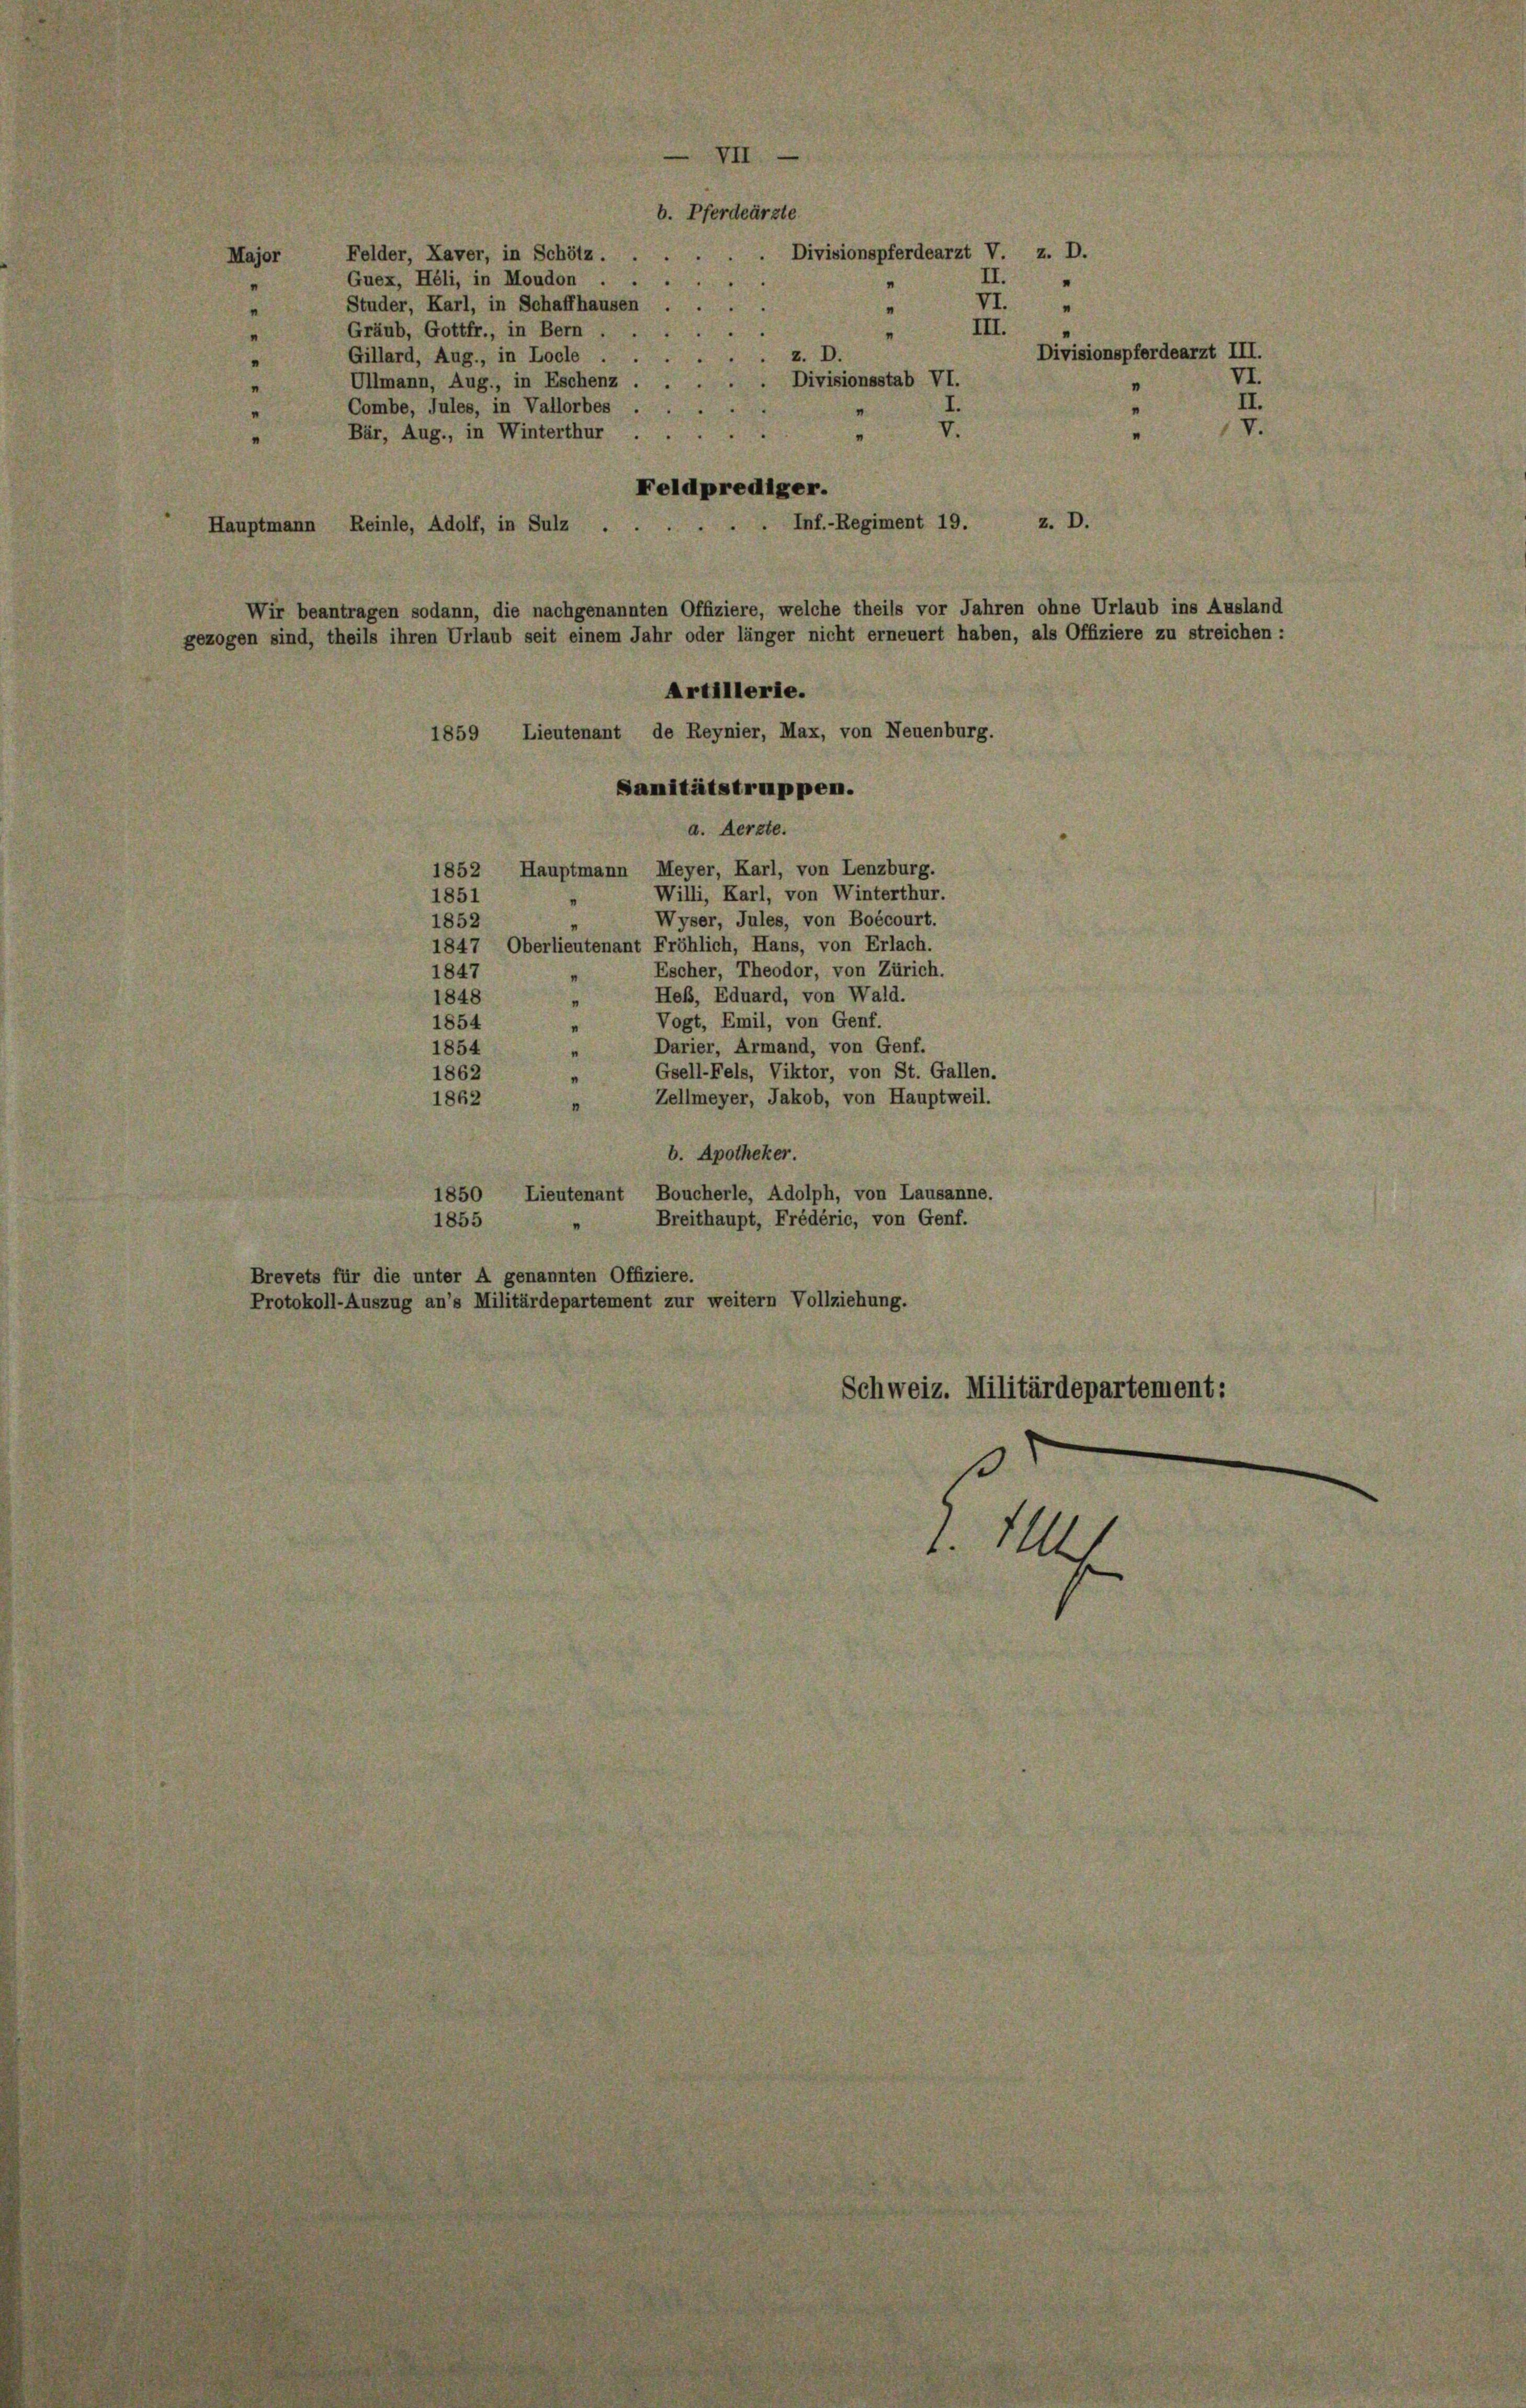
Felder, Laver, in Schötz.
Major
Guex, Héli, in Moudon
Studer, Karl, in Schaffhausen
Gräub, Gottfr., in Bern .
Gillard, Aug., in Locle.
Ullmann, Aug., in Eschenz
Combe, Jules, in Vallorbes
Bär, Aug., in Winterthur .
Feldprediger.
z. D.
Inf.-Regiment 19.
Hauptmann Reinle, Adolf, in Sulz
Wir beantragen sodann, die nachgenannten Offiziere, welche theils vor Jahren ohne Urlaub ins Ausland
gezogen sind, theils ihren Urlaub seit einem Jahr oder länger nicht erneuert haben, als Offiziere zu streichen :
Artillerie.
Lieutenant de Reynier, Max, von Neuenburg.
Sanitätstruppen.
a. Aerzte.
1852 Hauptmann Meyer, Karl, von Lenzburg.
Willi, Karl, von Winterthur.
1851
Wyser, Jules, von Boécourt.
1852
1847, Oberlieutenant Fröhlich, Hans, von Erlach.
Escher, Theodor, von Zürich.
1847
Heß, Eduard, von Wald.
1848
n
Vogt, Emil, von Genf.
1854
Darier, Armand, von Genf.
1854
Gsell-Fels, Viktor, von St. Gallen.
1862
Zellmeyer, Jakob, von Hauptweil.
1862
b. Apotheker.
1850 Lieutenant Boucherle, Adolph, von Lausanne.
Breithaupt, Frédéric, von Genf.
1855
Brevets für die unter A genannten Offiziere.
Protokoll-Auszug an’s Militärdepartement zur weitern Vollziehung.
Schweiz. Militärdepartement:

1859

b. Pferdeärzte
 Divisionspferdearzt V. z. D.
II.
VI.
"
III.
Divisionspferdearzt III.
VI.
Divisionsstab VI.
II.
I.

.11
e

V.